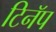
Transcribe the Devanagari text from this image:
टिनॅप